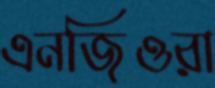
এনজিওরা